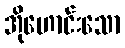
အိုဟောင်းသော